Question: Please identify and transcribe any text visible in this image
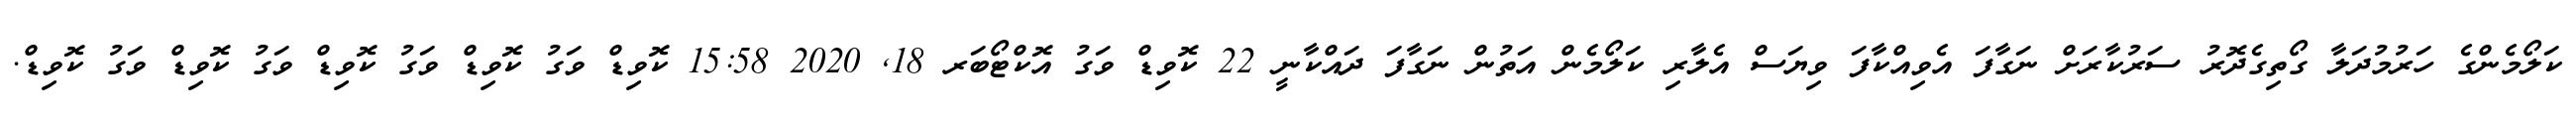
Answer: ކަލޯމެންގެ ހަރުމުދަލާ ގޯތިގެދޮރު ސަރުކާރަށް ނަގާފަ އެވިއްކާފަ ވިޔަސް އެލާރި ކަލޯމެން އަތުން ނަގާފަ ދައްކާނީ 22 ކޮވިޑް ވަގު އޮކްޓޯބަރ 18, 2020 15:58 ކޮވިޑް ވަގު ކޮވިޑް ވަގު ކޮވިޑް ވަގު ކޮވިޑް ވަގު ކޮވިޑް.